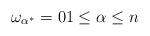
LaTeX: \begin{align*}\omega_{\alpha^{\ast}}=0 1\leq\alpha\leq n\end{align*}